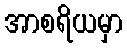
အာစရိယမှာ